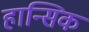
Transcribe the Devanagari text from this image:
हान्सिक